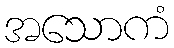
အသောကံ